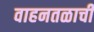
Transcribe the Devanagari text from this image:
वाहनतळाची